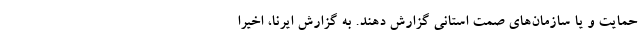
حمایت و یا سازمان‌های صمت استانی گزارش دهند. به گزارش ایرنا، اخیرا